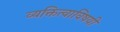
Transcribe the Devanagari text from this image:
व्यक्तित्वाविषयी